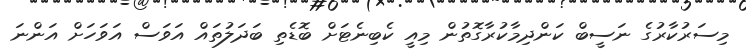
މިސަރުކާރުގެ ނަސީބް ކަންދިމާކުރާގޮތުން މިއީ ކެބިނެޓަށް ބޮޑެތި ބަދަލުތައް އަވަސް އަވަހަށް އަންނަ